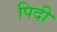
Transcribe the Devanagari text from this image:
पिदी